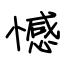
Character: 憾